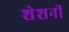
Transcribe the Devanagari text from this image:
शेशनी